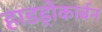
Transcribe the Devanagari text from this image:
हाडड्रोकार्बन